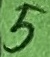
Text: 5